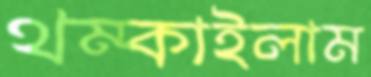
থম্‌কাইলাম